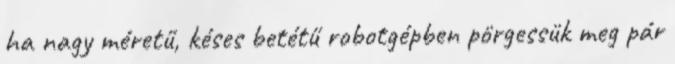
ha nagy méretű, késes betétű robotgépben pörgessük meg pár